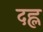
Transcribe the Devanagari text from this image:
दह्ल